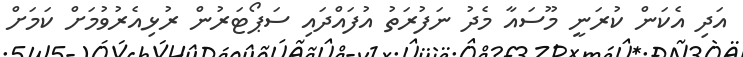
އަދި އެެކަން ކުރަނީ މޫސައާ މެދު ނަފުރަތު އުފައްދައި ސަޕޯޓަރުން ރުޅިއެރުވުމަށް ކަމަށް